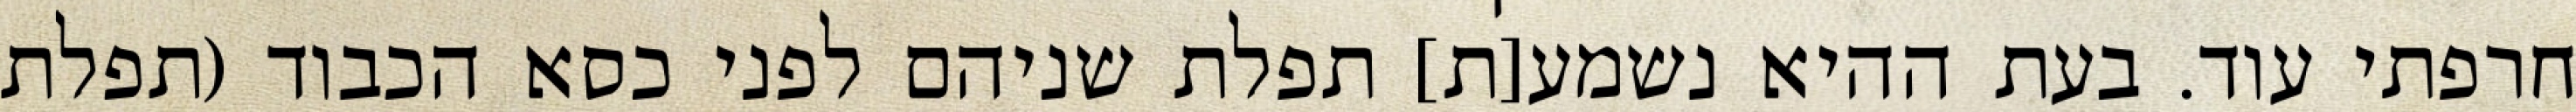
חרפתי עוד. בעת ההיא נשמע[ת] תפלת שניהם לפני כסא הכבוד (תפלת